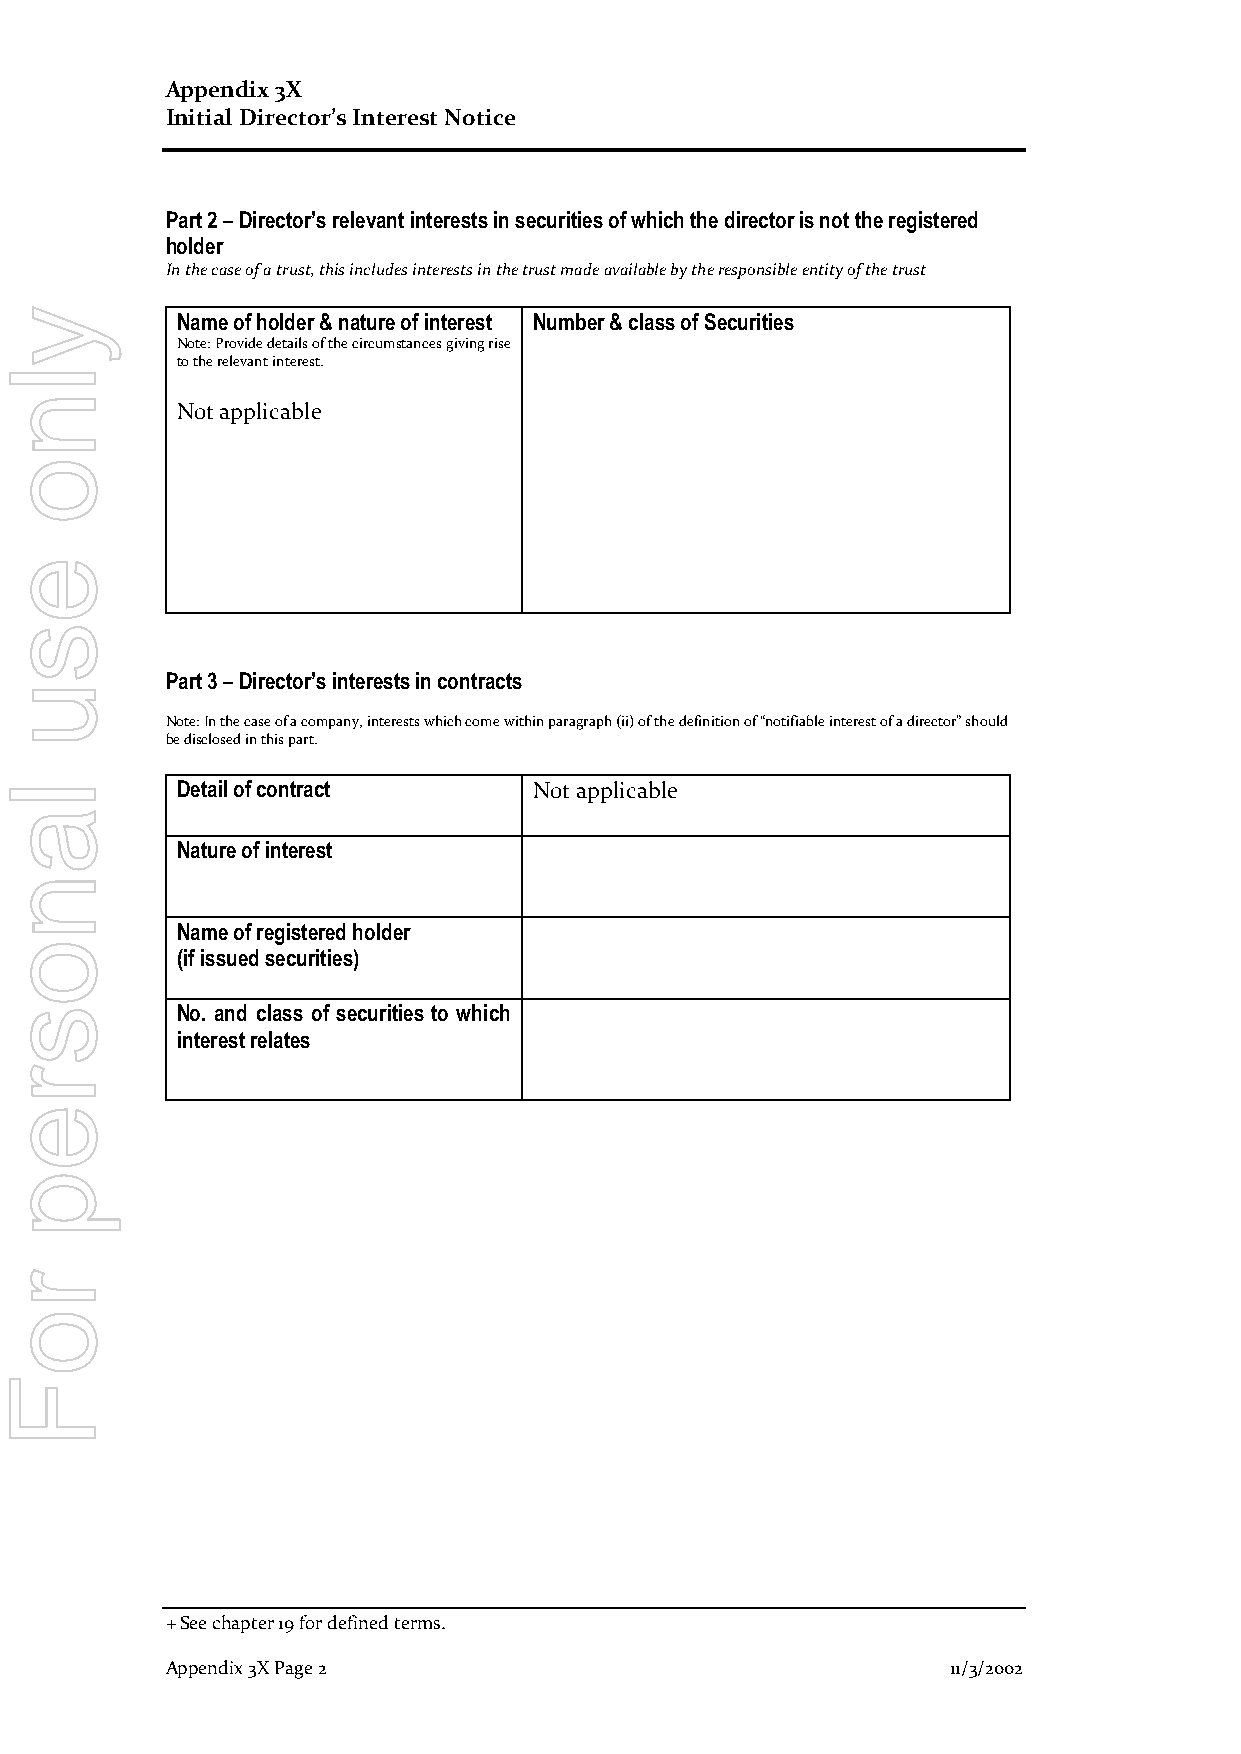
Appendix 3X
 Initial Director’s Interest Notice
 Part 2 – Director’s relevant interests in securities of which the director is not the registered
 holder
 In the case of a trust, this includes interests in the trust made available by the responsible entity of the trust
 y           Name of holder & nature of interest Number & class of Securities
 Note: Provide details of the circumstances giving rise
 to the relevant interest.
 l
 n
 Not applicable
 o
 e
 s
 Part 3 – Director’s interests in contracts
 u
 Note: In the case of a company, interests which come within paragraph (ii) of the definition of “notifiable interest of a director” should
 be disclosed in this part.
 l           Detail of contract     Not applicable
 a
 Nature of interest
 n
 Name of registered holder
 o
 (if issued securities)
 s           No. and class of securities to which
 interest relates
 r
 e
 p
 r
 o
 F
 + See chapter 19 for defined terms.
 Appendix 3X Page 2                                  11/3/2002